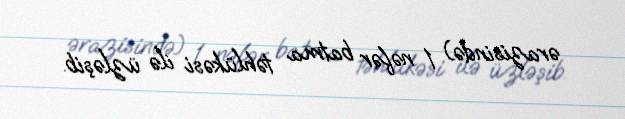
ərazisində) 1 nəfər batma təhlükəsi ilə üzləşib.